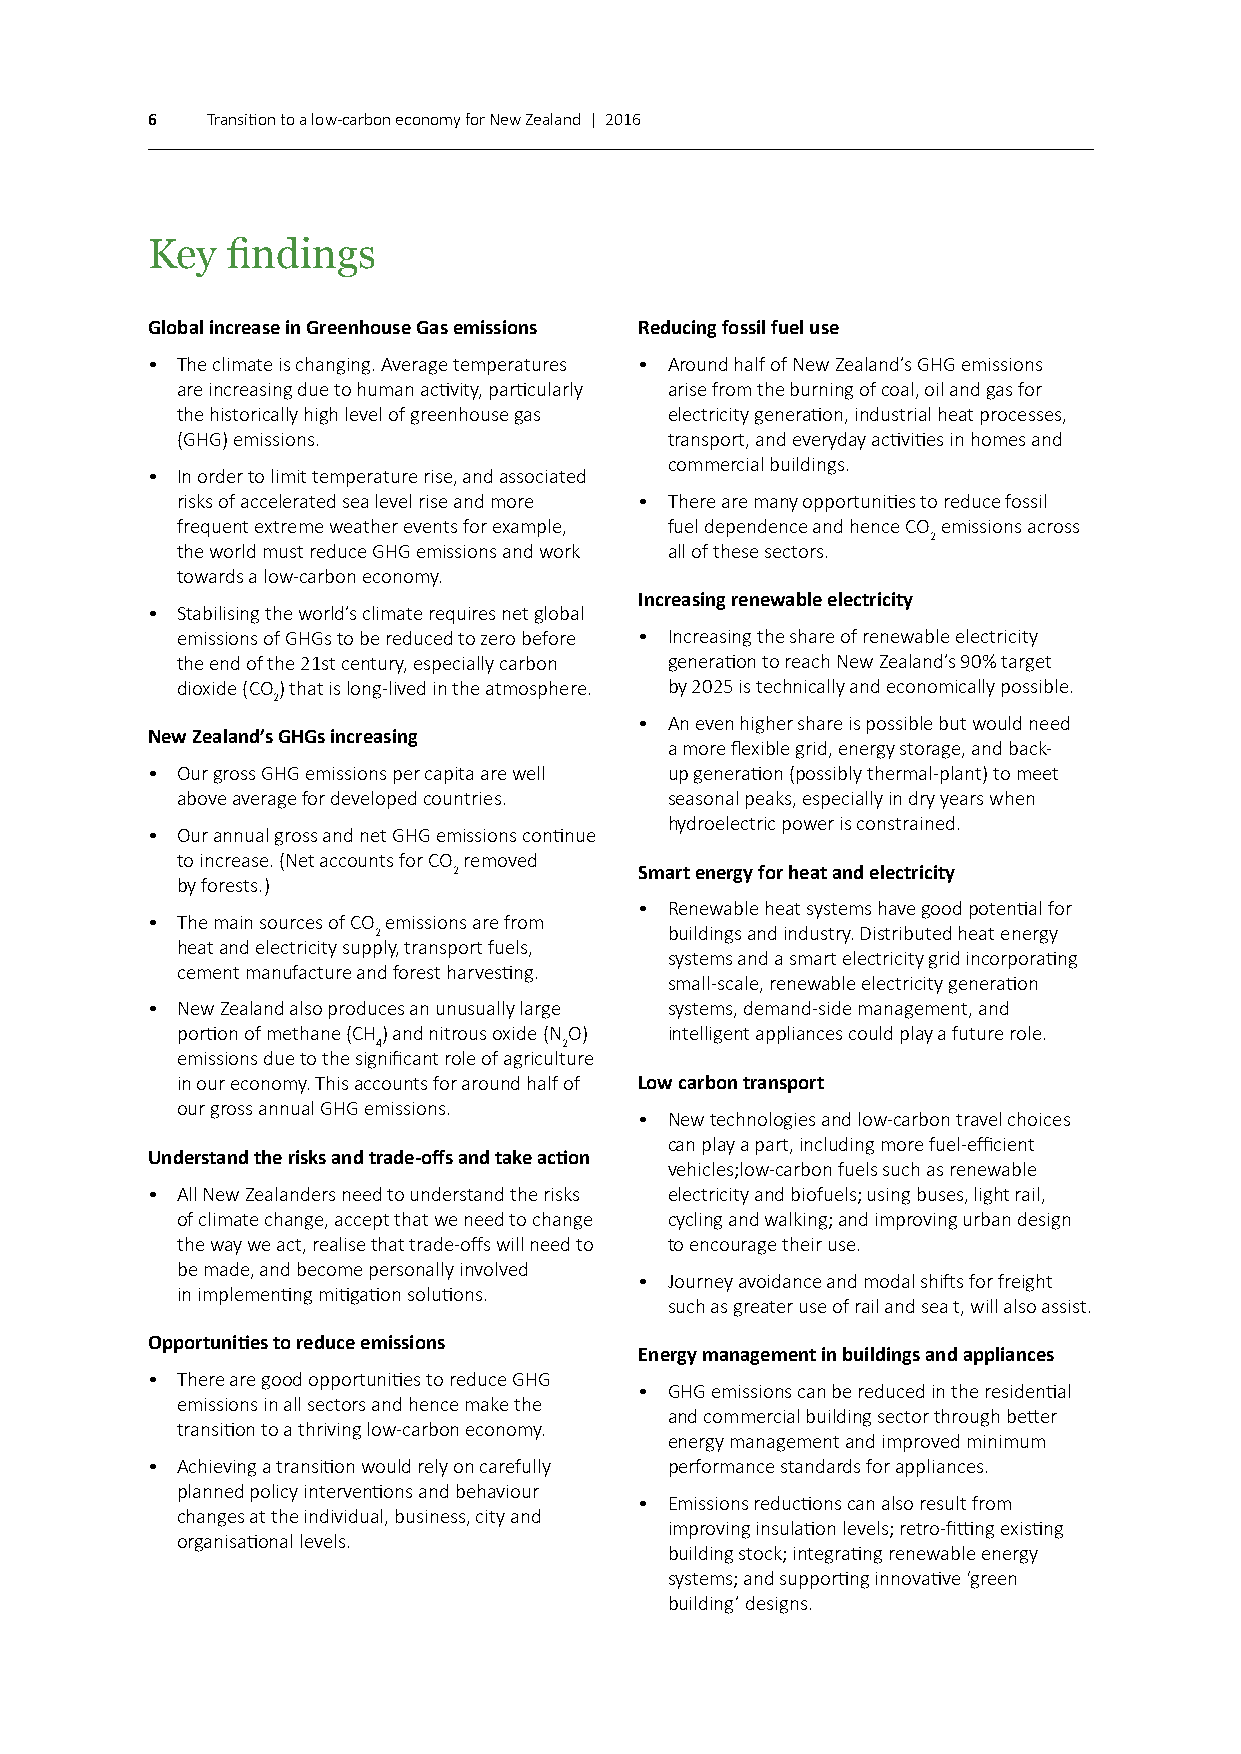
6   Transition to a low-carbon economy for New Zealand | 2016
 Key  findings
 Global increase in Greenhouse Gas emissions Reducing fossil fuel use
 • The climate is changing. Average temperatures • Around half of New Zealand’s GHG emissions
 are increasing due to human activity, particularly arise from the burning of coal, oil and gas for
 the historically high level of greenhouse gas electricity generation, industrial heat processes,
 (GHG) emissions.                transport, and everyday activities in homes and
 commercial buildings.
 • In order to limit temperature rise, and associated
 risks of accelerated sea level rise and more • There are many opportunities to reduce fossil
 frequent extreme weather events for example, fuel dependence and hence CO emissions across
 2
 the world must reduce GHG emissions and work all of these sectors.
 towards a low-carbon economy.
 Increasing renewable electricity
 • Stabilising the world’s climate requires net global
 emissions of GHGs to be reduced to zero before • Increasing the share of renewable electricity
 the end of the 21st century, especially carbon generation to reach New Zealand’s 90% target
 dioxide (CO) that is long-lived in the atmosphere. by 2025 is technically and economically possible.
 2
 • An even higher share is possible but would need
 New Zealand’s GHGs increasing
 a more flexible grid, energy storage, and back-
 • Our gross GHG emissions per capita are well up generation (possibly thermal-plant) to meet
 above average for developed countries. seasonal peaks, especially in dry years when
 hydroelectric power is constrained.
 • Our annual gross and net GHG emissions continue
 to increase. (Net accounts for CO removed
 2           Smart energy for heat and electricity
 by forests.)
 • Renewable heat systems have good potential for
 • The main sources of CO emissions are from
 2                  buildings and industry. Distributed heat energy
 heat and electricity supply, transport fuels,
 systems and a smart electricity grid incorporating
 cement manufacture and forest harvesting.
 small-scale, renewable electricity generation
 • New Zealand also produces an unusually large systems, demand-side management, and
 portion of methane (CH) and nitrous oxide (NO) intelligent appliances could play a future role.
 4           2
 emissions due to the significant role of agriculture
 in our economy. This accounts for around half of Low carbon transport
 our gross annual GHG emissions.
 • New technologies and low-carbon travel choices
 can play a part, including more fuel-efficient
 Understand the risks and trade-offs and take action
 vehicles;low-carbon fuels such as renewable
 • All New Zealanders need to understand the risks electricity and biofuels; using buses, light rail,
 of climate change, accept that we need to change cycling and walking; and improving urban design
 the way we act, realise that trade-offs will need to to encourage their use.
 be made, and become personally involved
 • Journey avoidance and modal shifts for freight
 in implementing mitigation solutions.
 such as greater use of rail and sea t, will also assist.
 Opportunities to reduce emissions
 Energy management in buildings and appliances
 • There are good opportunities to reduce GHG
 • GHG emissions can be reduced in the residential
 emissions in all sectors and hence make the
 and commercial building sector through better
 transition to a thriving low-carbon economy.
 energy management and improved minimum
 • Achieving a transition would rely on carefully performance standards for appliances.
 planned policy interventions and behaviour
 • Emissions reductions can also result from
 changes at the individual, business, city and
 improving insulation levels; retro-fitting existing
 organisational levels.
 building stock; integrating renewable energy
 systems; and supporting innovative ‘green
 building’ designs.